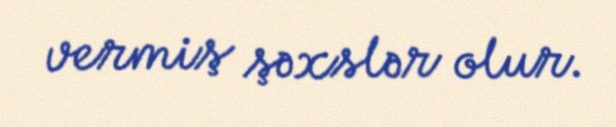
vermiş şəxslər olur.